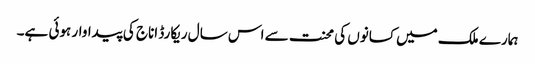
ہمارے ملک میں کسانوں کی محنت سے اس سال ریکارڈ اناج کی پیداوار ہوئی ہے۔